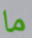
ما